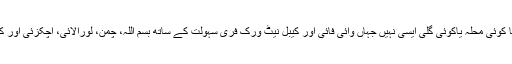
یہی وجہ ہے کہ آج کراچی کا کوئی محلہ یاکوئی گلی ایسی نہیں جہاں وائی فائی اور کیبل نیٹ ورک فری سہولت کے ساتھ بسم اللہ، چمن، لورالائی، اچکزئی اور کوئٹہ چائے پراٹھا ہوٹل نہ ہو۔